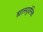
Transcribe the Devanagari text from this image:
ह्यालयुरोनिक